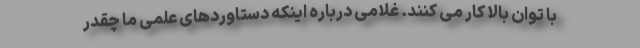
با توان بالا کار می کنند. غلامی درباره اینکه دستاوردهای علمی ما چقدر